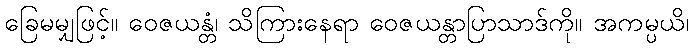
ခြေမမျှဖြင့်။ ဝေဇယန္တံ၊ သိကြားနေရာ ဝေဇယန္တာပြာသာဒ်ကို။ အကမ္ပယိ၊